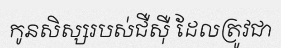
កូនសិស្សរបស់ជឺស៊ឺ ដែលត្រូវជា